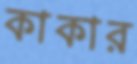
কাকার